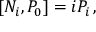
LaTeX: \left[ N _ { i } , P _ { 0 } \right] = i P _ { i } \, ,